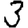
Digit: 3